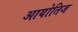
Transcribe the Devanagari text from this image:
आयोतिज